Annual report on the lock hospitals of the Madras Presidency
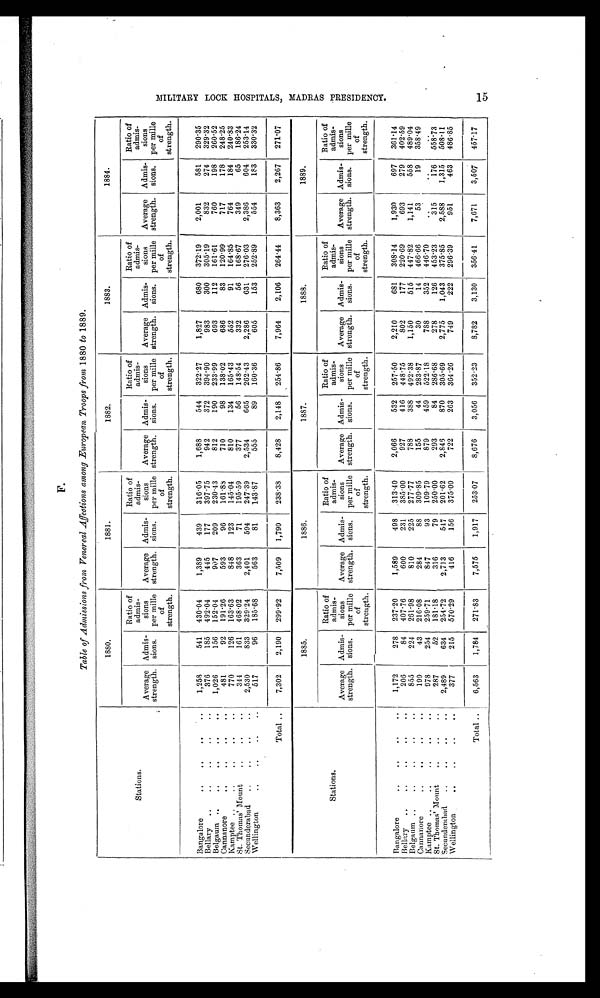
F.
Table of Admissions from Venereal Affections among European Troops from 1880 to 1889.
Stations.
1880.
1881.
1882,
1883.
1884.
Average
strength.
Admis-
sions.
Ratio of
admis-
sions
per mille
of
strength.
Average
strength.
Admis-
sions.
Ratio of
admis-
sions
per mille
of
strength.
Average
strength,
Admis-
sions.
Ratio of
admis-
sions
per mille
of
strength.
Average
strength.
Admis-
sions.
Ratio of
admis-
sions
per mille
of
strength.
Average
strength.
Admis-
sions.
Ratio of
admis-
sions
per mille
of
strength.
Bangalore
1,258
541 430.04
1,389
439
316.05
1,688
544
322.27
1,827
680
372.19
2,001
581
290.35
Bellary
376
185 492.04
445
177
397.75
942
372
394.90
983
300
305.19
832
274
329.32
Belgaum
1,026
156 152.04
907
209
230.43
812
190
233.99
693
112
161.61
760
198
260.52
Cannanore
481
92
191.26
593
96
161.88
710
98
138.02
686
83
120.99
717
178
248.25
Kamptee
770
126
163.63
848
123
145.04
810
134
165.43
552
91
164.85
764
184
240.83
St. Thomas' Mount
344
161 468.02
363
71
195.59
377
56
148.54
332
56
168.67
349
65
186.24
Secunderabad
2,530
833
329.24
2,401
594
247.39
2,534
665
262.43
2,286
631
276.03
2,386
604
253.14
Wellington
517
96
185.68
563
81
143.87
555
89
160.36
605
153
252.89
554
183
33012
Total ..
7,302
2,190
299.92
7,509
1,790
238.38
8,428
2,148
254.86
7,964
2,106
264.44
8,363
2,267
271.07
Stations.
1885.
1886.
1887.
1888.
1889.
Average
strength.
Admis-
sions.
Ratio of
admis-
sions
per mille
of
strength,
Average
strength.
Admis-
sions.
Ratio of
admis-
sions
per mille
of
strength.
Average
strength.
Admis-
sions.
Ratio of
admis-
sions
per mille
of
strength.
Average
strength.
Admis-
sions.
Ratio of
admis-
sions
per mile
of
strength.
Average
strength.
Admis-
sions.
Ratio of
admis-
sions
per mile
of
strength.
Bangalore
1,172
278
237.20
1,589
498 .313.40
2,066
532 257.50
2,210
681
308.14
1,930
697
361.14
Bellary
206
84
407.76
600
231
385.00
927
416 448.75
802
177
220.69
693
279
402.59
Belgaum
855
224
261.98
810
225
277.77
788
388 492.38
1,150
515 447.82
1,141
558
489.04
Cannanore
199
43
216.08
284
88
309.85
155
44 283.87
30
14
466.66
53
19
358.49
Kamptee
978
254
259.71
847
93
109.79
879
459
522.18
788
352
446.70
. .
. .
. .
St . Thom a s' Mount
287
52
181.18
316
79
250.00
293
84
286.68
278
126
453.23
315
176
558.73
Secunderabad
2,489
634
254.72
2,713
547
201.62
2,846
870 305.69
2,775
1,043
375.85
2,588
1,315
508.11
Wellington
377
215
570.29
416
156
375.00
722
263 364.26
749
222
296.39
951
463
486.85
Total ..
6,563
1,784
271.83
7,575
1,917
253.07
8,676
3,056
352.23
8,782
3,130
356.41
7,671
3,507
457.17
M I L I T A R Y L O O K H O S P I T A L S M A D R A S R E S I D E N O Y
.15